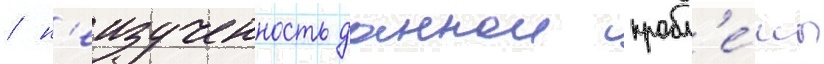
/ н'еизученность даннои пробл'е́мы